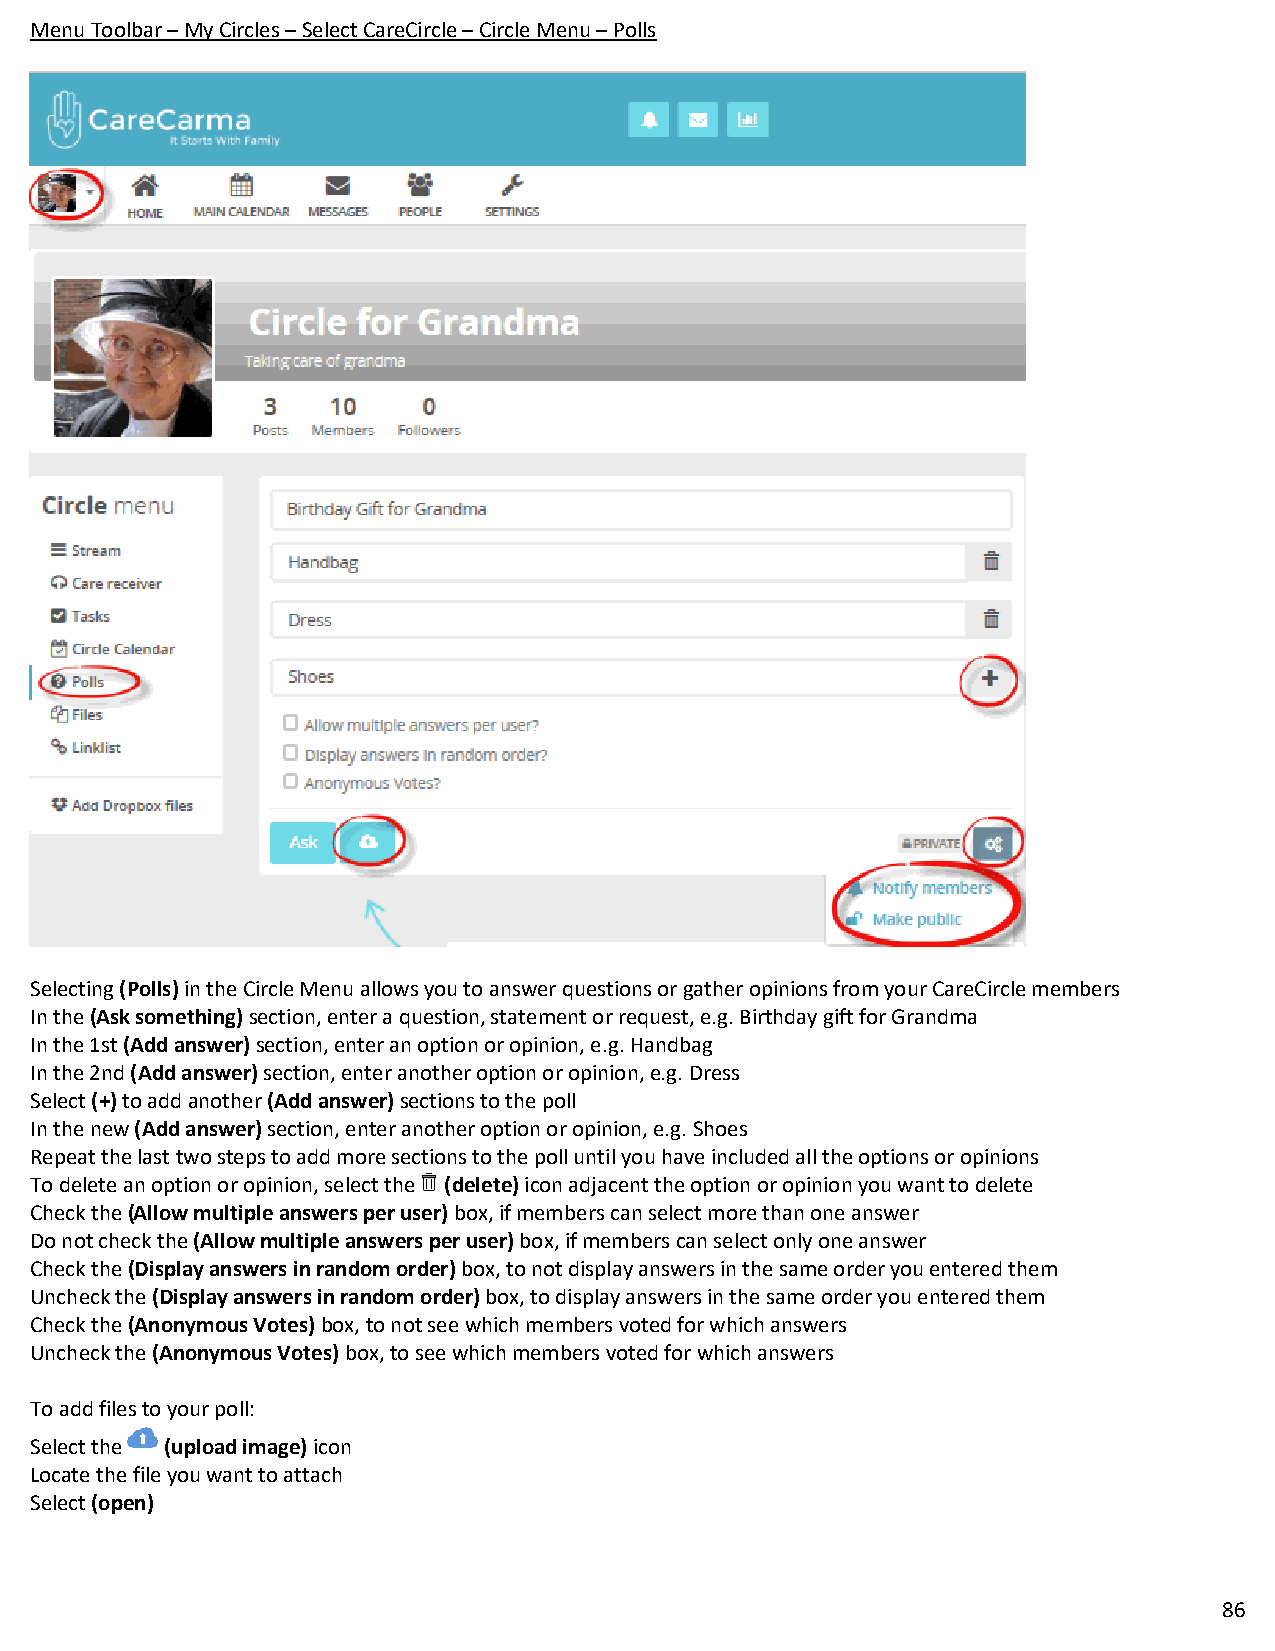
Menu Toolbar – My Circles – Select CareCircle – Circle Menu – Polls
 Selecting (Polls) in the Circle Menu allows you to answer questions or gather opinions from your CareCircle members
 In the (Ask something) section, enter a question, statement or request, e.g. Birthday gift for Grandma
 In the 1st (Add answer) section, enter an option or opinion, e.g. Handbag
 In the 2nd (Add answer) section, enter another option or opinion, e.g. Dress
 Select (+) to add another (Add answer) sections to the poll
 In the new (Add answer) section, enter another option or opinion, e.g. Shoes
 Repeat the last two steps to add more sections to the poll until you have included all the options or opinions
 To delete an option or opinion, select the (delete) icon adjacent the option or opinion you want to delete
 Check the (Allow multiple answers per user) box, if members can select more than one answer
 Do not check the (Allow multiple answers per user) box, if members can select only one answer
 Check the (Display answers in random order) box, to not display answers in the same order you entered them
 Uncheck the (Display answers in random order) box, to display answers in the same order you entered them
 Check the (Anonymous Votes) box, to not see which members voted for which answers
 Uncheck the (Anonymous Votes) box, to see which members voted for which answers
 To add files to your poll:
 Select the (upload image) icon
 Locate the file you want to attach
 Select (open)
 86